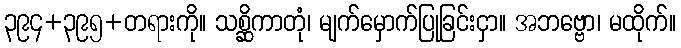
၃၉၄+၃၉၅+တရားကို။ သစ္ဆိကာတုံ၊ မျက်မှောက်ပြုခြင်းငှာ။ အဘဗ္ဗော၊ မထိုက်။